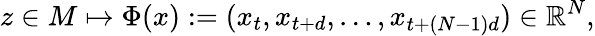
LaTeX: z\in M\mapsto\Phi(x):=(x_{t},x_{t+d},\ldots,x_{t+(N-1)d})\in\mathbb{R}^{N},